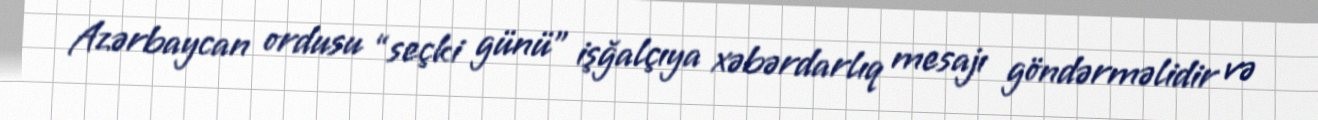
Azərbaycan ordusu “seçki günü” işğalçıya xəbərdarlıq mesajı göndərməlidir və